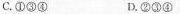
C.①③④ D.②③④